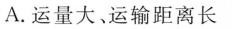
A.运量大、运输距离长